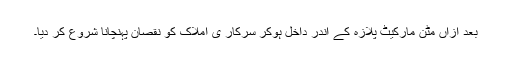
بعد ازاں مٹن مارکیٹ پلازہ کے اندر داخل ہوکر سرکار ی املاک کو نقصان پہنچانا شروع کر دیا۔